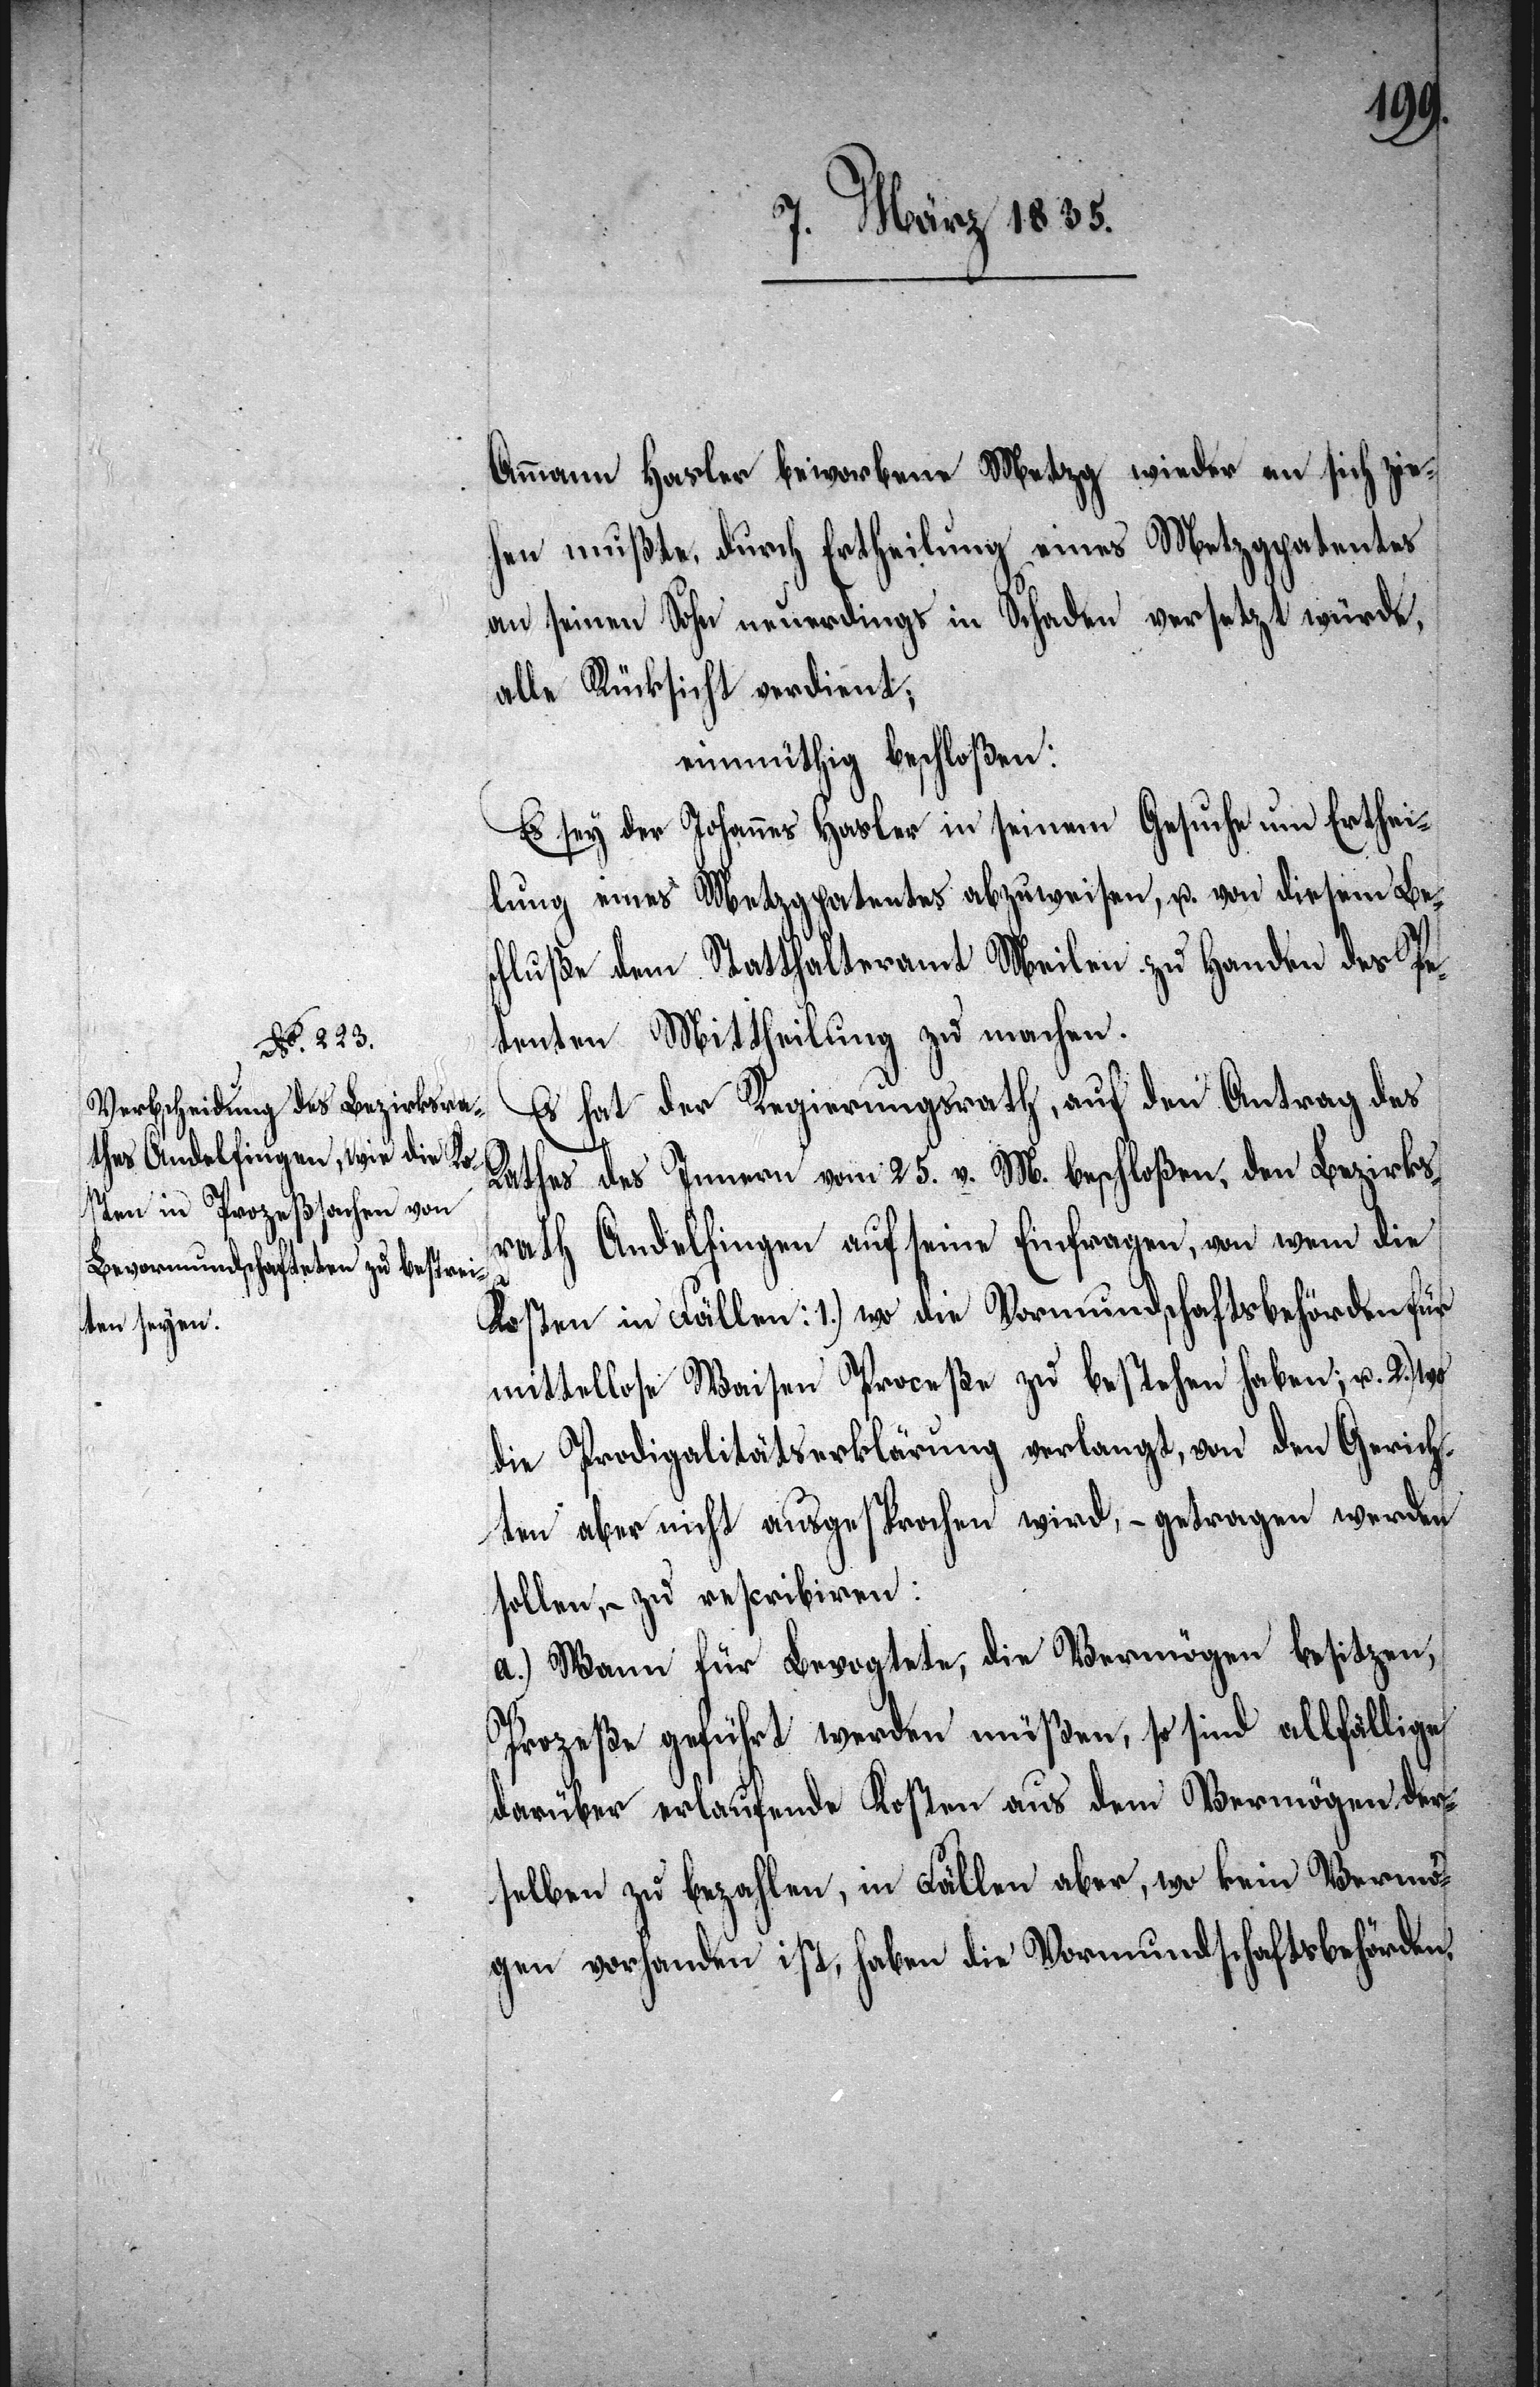
Ammann Hasler beworbene Metzg wieder an sich zie¬
hen mußte, durch Ertheilung eines Metzgpatentes
an seinen Sohn neuerdings in Schaden versetzt würde,
alle Rücksicht verdient;
einmüthig beschloßen:
Es sey der Johannes Hasler in seinem Gesuche um Erthei¬
lung eines Metzgpatentes abzuweisen, u. von diesem Be¬
schluße dem Statthalteramt Meilen zu Handen des Pe¬
tenten Mittheilung zu machen.
Es hat der Regierungsrath, auf den Antrag des
Rathes des Innern vom 25. v. M. beschloßen, den Bezirks¬
rath Andelfingen auf seine Einfragen, von wem die
Kosten in Fällen: 1.) wo die Vormundschaftsbehörden für
mittellose Waisen Proceße zu bestehen haben; u. 2.)
die Prodigalitätserklärung verlangt, von den Gerich¬
ten aber nicht ausgesprochen wird, – getragen werden
sollen, – zu rescribiren:
a.) Wann für Bevogtete, die Vermögen besitzen,
Prozeße geführt werden müßten, so sind allfällige
darüber erlaufende Kosten aus dem Vermögen der¬
selben zu bezahlen, in Fällen aber, wo kein Vermö¬
gen vorhanden ist, haben die Vormundschaftsbehörden,